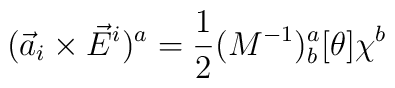
({\vec a}_i \times {\vec E}^i)^a=\frac{1}{2}(M^{-1})_b^a[\theta]\chi^b